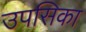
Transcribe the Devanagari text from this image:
उपसिका